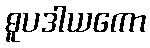
ဓူပဒါယကော